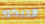
الديكور